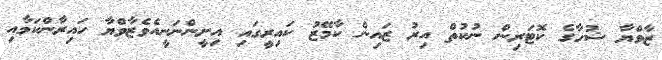
ޒާވްޔާ ޝުހާގެ ކޮޓަރިން ނުކުތް އިރު ޒައިން ކާމޭޒު ކައިރީގައި އިށީންނަނީއެވެޒާވްޔާ ހައިރާންކަމާއި